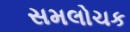
સમલોચક